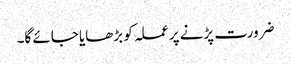
ضرورت پڑنے پر عملہ کو بڑھایا جائے گا۔